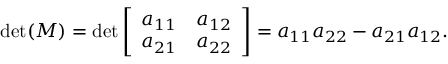
\operatorname* { d e t } ( M ) = \operatorname* { d e t } { \left[ \begin{array} { l l } { a _ { 1 1 } } & { a _ { 1 2 } } \\ { a _ { 2 1 } } & { a _ { 2 2 } } \end{array} \right] } = a _ { 1 1 } a _ { 2 2 } - a _ { 2 1 } a _ { 1 2 } .